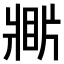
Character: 𤖎